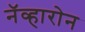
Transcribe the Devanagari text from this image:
नॅव्हारोन